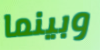
وبينما